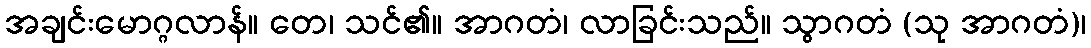
အချင်းမောဂ္ဂလာန်။ တေ၊ သင်၏။ အာဂတံ၊ လာခြင်းသည်။ သွာဂတံ (သု အာဂတံ)၊